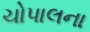
ચોપાલના